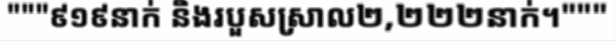
"""៩១៩នាក់ និងរបួសស្រាល២,២២២នាក់។"""